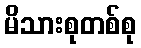
မိသားစုတစ်စု